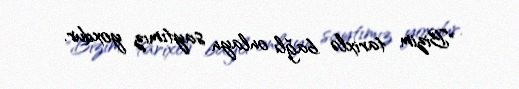
"Bizim tarixlə bağlı onlayn saytımız yoxdur.